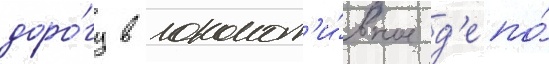
доро́гу в локомот'и́вное д'епо́